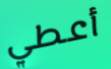
أعطي